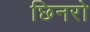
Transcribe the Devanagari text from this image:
छिनरो